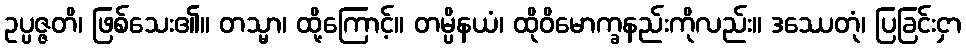
ဥပ္ပဇ္ဇတိ၊ ဖြစ်သေး၏။ တသ္မာ၊ ထို့ကြောင့်။ တမ္ပိနယံ၊ ထိုဝိမောက္ခနည်းကိုလည်း။ ဒဿေတုံ၊ ပြခြင်းငှာ